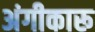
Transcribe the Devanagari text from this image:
अंगीकारू